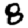
Digit: 8